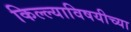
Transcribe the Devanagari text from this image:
किल्ल्याविषयीच्या